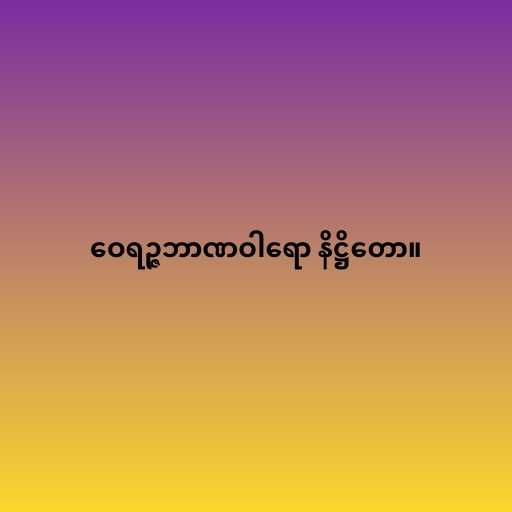
ဝေရဉ္ဇဘာဏဝါရော နိဋ္ဌိတော။